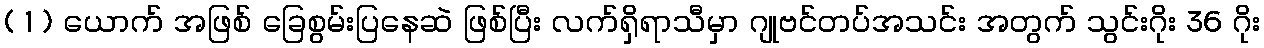
( 1 ) ယောက် အဖြစ် ခြေစွမ်းပြနေဆဲ ဖြစ်ပြီး လက်ရှိရာသီမှာ ဂျုဗင်တပ်အသင်း အတွက် သွင်းဂိုး 36 ဂိုး